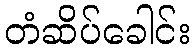
တံဆိပ်ခေါင်း